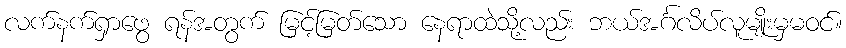
လက်နက်ရှာဖွေ ရန်အတွက် မြင့်မြတ်သော နေရာထဲသို့လည်း ဘယ်အင်္ဂလိပ်လူမျိုးမှမဝင်။